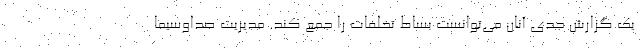
یک گزارش جدی آنان می‌توانست بساط تخلفات را جمع کند. مدیریت صداوسیما